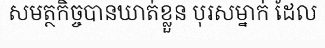
សមត្ថកិច្ចបានឃាត់ខ្លួន បុរសម្នាក់ ដែល